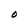
Character: O